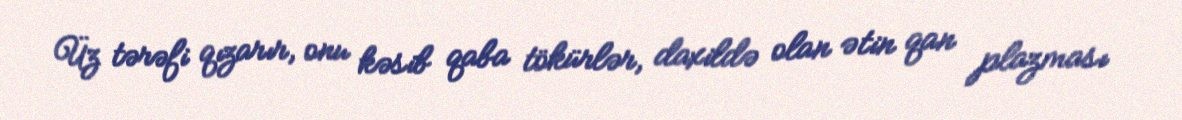
Üz tərəfi qızarır, onu kəsib qaba tökürlər, daxildə olan ətin qan plazması